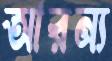
আরন্য